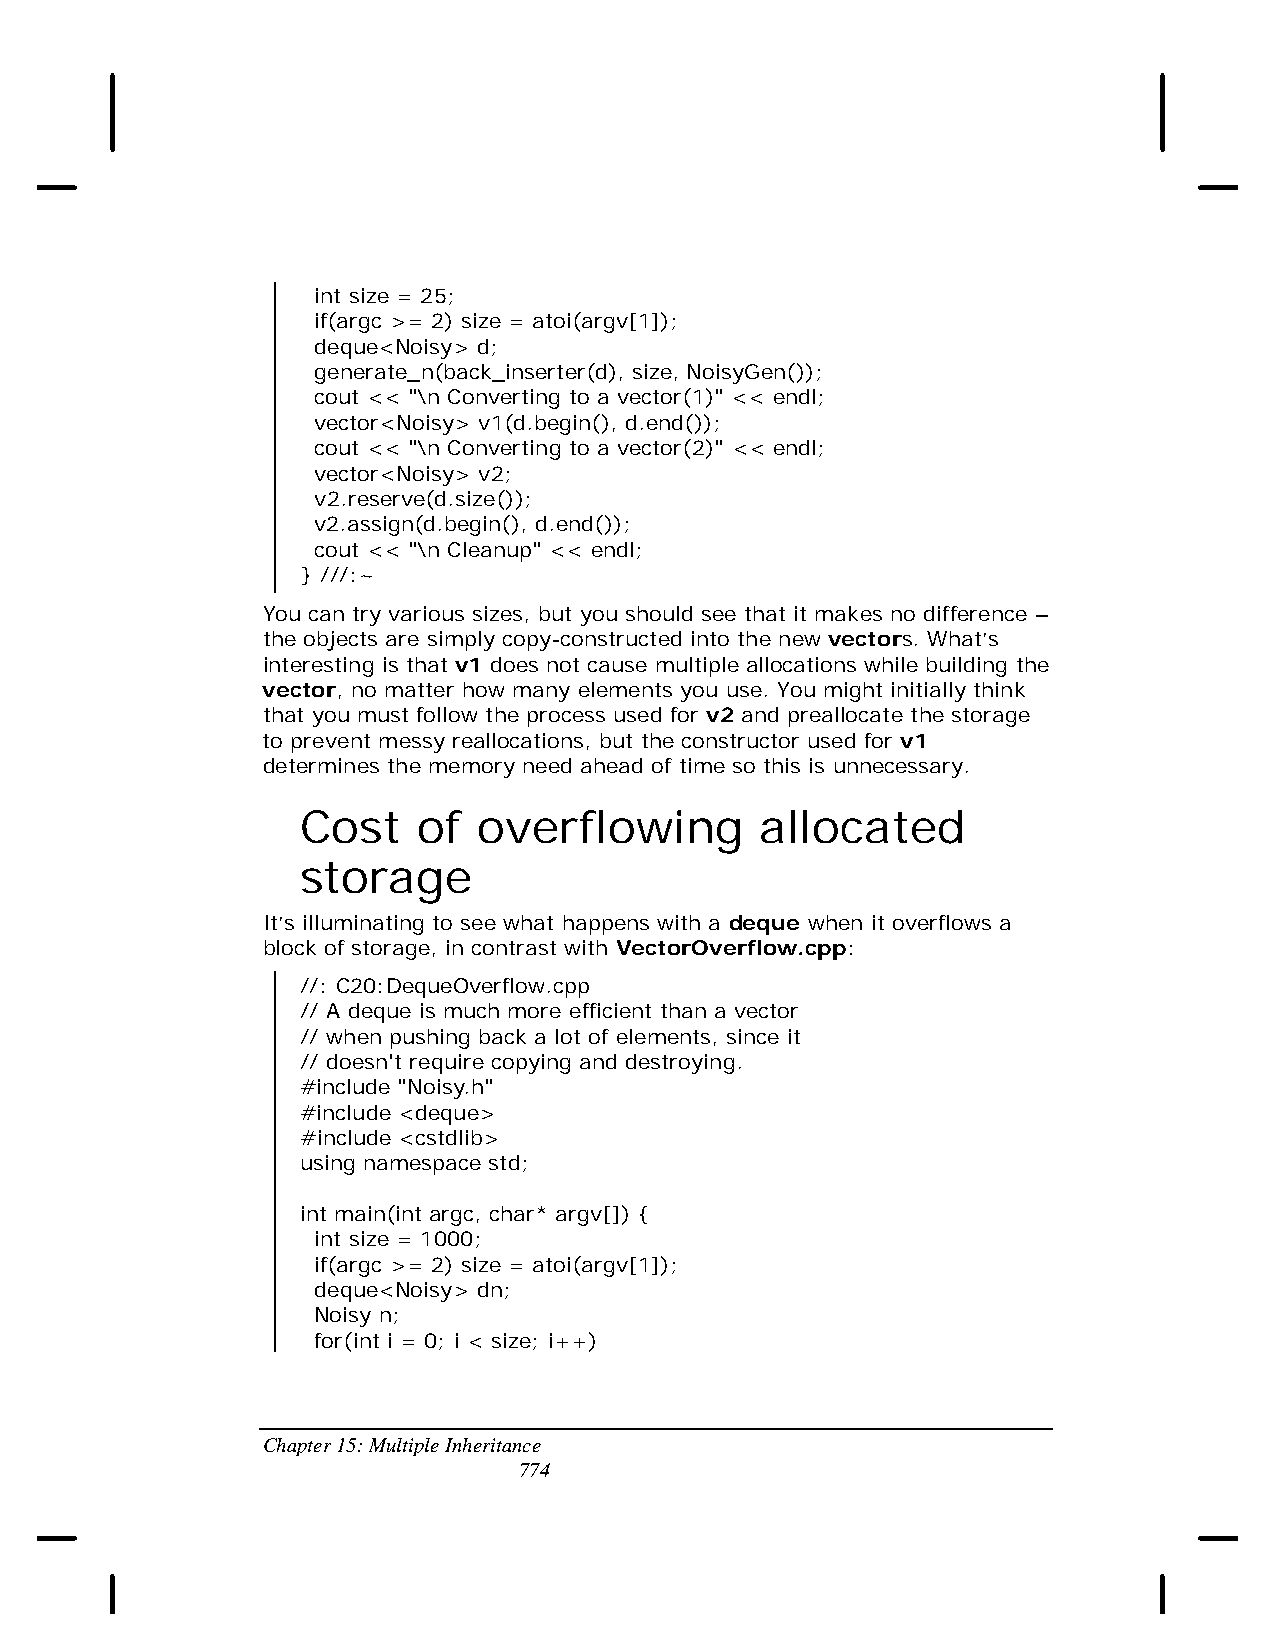
int size = 25;
 if(argc >= 2) size = atoi(argv[1]);
 deque<Noisy> d;
 generate_n(back_inserter(d), size, NoisyGen());
 cout << "\n Converting to a vector(1)" << endl;
 vector<Noisy> v1(d.begin(), d.end());
 cout << "\n Converting to a vector(2)" << endl;
 vector<Noisy> v2;
 v2.reserve(d.size());
 v2.assign(d.begin(), d.end());
 cout << "\n Cleanup" << endl;
 } ///:~
 You can try various sizes, but you should see that it makes no difference –
 the objects are simply copy-constructed into the new vectors. What’s
 interesting is that v1 does not cause multiple allocations while building the
 vector, no matter how many elements you use. You might initially think
 that you must follow the process used for v2 and preallocate the storage
 to prevent messy reallocations, but the constructor used for v1
 determines the memory need ahead of time so this is unnecessary.
 Cost    of  overflowing       allocated
 storage
 It’s illuminating to see what happens with a deque when it overflows a
 block of storage, in contrast with VectorOverflow.cpp:
 //: C20:DequeOverflow.cpp
 // A deque is much more efficient than a vector
 // when pushing back a lot of elements, since it
 // doesn't require copying and destroying.
 #include "Noisy.h"
 #include <deque>
 #include <cstdlib>
 using namespace std;
 int main(int argc, char* argv[]) {
 int size = 1000;
 if(argc >= 2) size = atoi(argv[1]);
 deque<Noisy> dn;
 Noisy n;
 for(int i = 0; i < size; i++)
 Chapter 15: Multiple Inheritance
 774